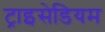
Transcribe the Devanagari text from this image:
ट्राइसेडियम